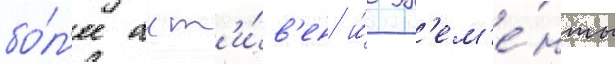
бо́л'ее акт'и́в'ен и́ эл'ем'е́нты